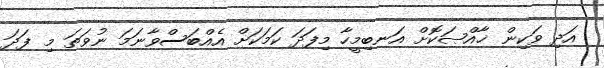
އަދި ވަކިން ޚާއްޞަކޮށް އަނބިމީހާ މިފަދަ ކަމަކަށް އެއްބަސްވާނަމަ ނުވަތަ މި ފަދަ